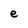
Character: e